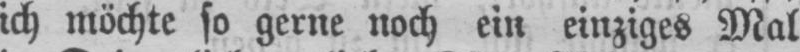
ich möchte so gerne noch ein einziges Mal